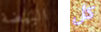
البيضة كل